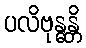
ပလိဗုန္ဓန္တိ